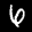
Label: 6